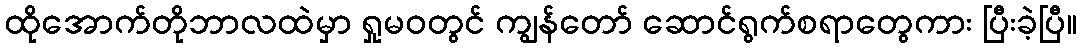
ထိုအောက်တိုဘာလထဲမှာ ရှုမဝတွင် ကျွန်တော် ဆောင်ရွက်စရာတွေကား ပြီးခဲ့ပြီ။